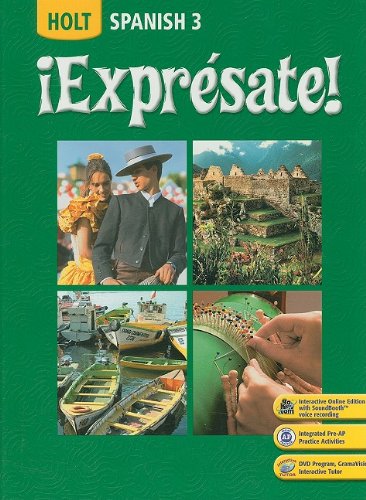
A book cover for Â¡Expresate!: Spanish 3; RINEHART AND WINSTON HOLT; Teen & Young Adult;